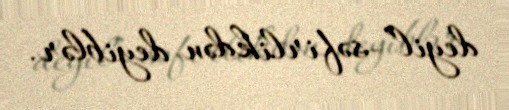
deyil”-səfirlikdən deyiblər.